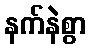
နက်နဲစွာ